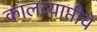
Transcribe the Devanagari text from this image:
कालव्याप्तीचे